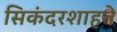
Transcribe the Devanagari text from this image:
सिकंदरशाहने